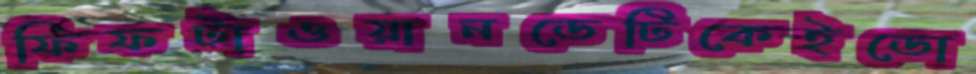
ফিফটাওয়ানডেটিকেইডো